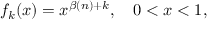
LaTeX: f _ { k } ( x ) = x ^ { \beta ( n ) + k } , \quad 0 < x < 1 ,